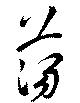
蕩